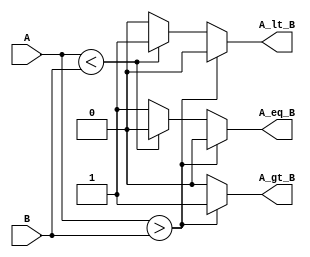
module parameterized_comparator #(
    parameter WIDTH = 8  // Default width is set to 8 bits
)(
    input  wire [WIDTH-1:0] A,  // Input A
    input  wire [WIDTH-1:0] B,  // Input B
    output reg  A_gt_B,          // A greater than B
    output reg  A_lt_B,          // A less than B
    output reg  A_eq_B           // A equal to B
);

    // Always block sensitive to changes in A or B
    always @(*) begin
        // Initialize outputs to low
        A_gt_B = 1'b0;
        A_lt_B = 1'b0;
        A_eq_B = 1'b0;

        // Comparison logic
        if (A > B) begin
            A_gt_B = 1'b1;
        end else if (A < B) begin
            A_lt_B = 1'b1;
        end else begin
            A_eq_B = 1'b1;
        end
    end

endmodule